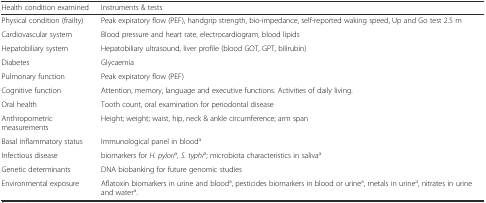
<table><thead><tr><td><b>Health condition examined</b></td><td><b>Instruments &amp; tests</b></td></tr></thead><tbody><tr><td>Physical condition (frailty)</td><td>Peak expiratory flow (PEF), handgrip strength, bio-impedance, self-reported waking speed, Up and Go test 2.5 m</td></tr><tr><td>Cardiovascular system</td><td>Blood pressure and heart rate, electrocardiogram, blood lipids</td></tr><tr><td>Hepatobiliary system</td><td>Hepatobiliary ultrasound, liver profile (blood GOT, GPT, bilirubin)</td></tr><tr><td>Diabetes</td><td>Glycaemia</td></tr><tr><td>Pulmonary function</td><td>Peak expiratory flow (PEF)</td></tr><tr><td>Cognitive function</td><td>Attention, memory, language and executive functions. Activities of daily living.</td></tr><tr><td>Oral health</td><td>Tooth count, oral examination for periodontal disease</td></tr><tr><td>Anthropometric measurements</td><td>Height; weight; waist, hip, neck &amp; ankle circumference; arm span</td></tr><tr><td>Basal inflammatory status</td><td>Immunological panel in blood<sup>a</sup></td></tr><tr><td>Infectious disease</td><td>biomarkers for <i>H. pylori</i><sup>a</sup><i>, S. typhi</i><sup>a</sup>; microbiota characteristics in saliva<sup>a</sup></td></tr><tr><td>Genetic determinants</td><td>DNA biobanking for future genomic studies</td></tr><tr><td>Environmental exposure</td><td>Aflatoxin biomarkers in urine and blood<sup>a</sup>, pesticides biomarkers in blood or urine<sup>a</sup>, metals in urine<sup>a</sup>, nitrates in urine and water<sup>a</sup>.</td></tr></tbody></table>